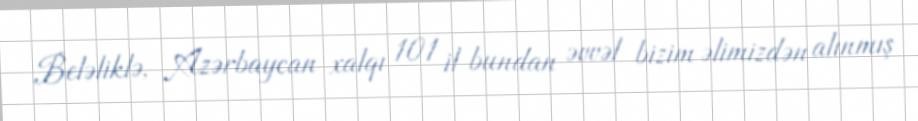
Beləliklə, Azərbaycan xalqı 101 il bundan əvvəl bizim əlimizdən alınmış